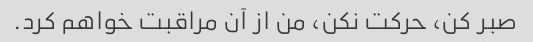
صبر کن، حرکت نکن، من از آن مراقبت خواهم کرد.